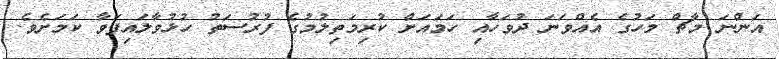
އަންނަ މާޗް މަހުގެ އެއްވަނަ ދުވަހާއި ހަމައަށް ކުރިމަތިލުމުގެ ފުރުސަތު ހުޅުވާލައިފަވާ ކަމަށެވެ.